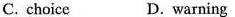
C. choice D. warning